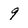
Character: 9